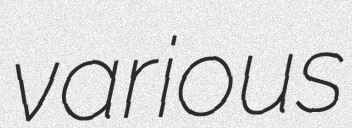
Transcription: various